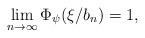
LaTeX: \begin{align*}\lim_{n \to \infty} \Phi_\psi(\xi/b_n) = 1,\end{align*}